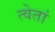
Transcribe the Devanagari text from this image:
त्वेतां